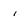
Character: i